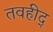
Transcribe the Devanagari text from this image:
तवहीद्